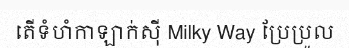
តើទំហំកាឡាក់ស៊ី Milky Way ប្រែប្រួល